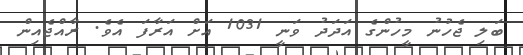
ބަލި ޖެހުނު މީހުންގެ އަދަދު ވަނީ 1031 އަށް އަރާފަ އެވެ. ރާއްޖެއިން